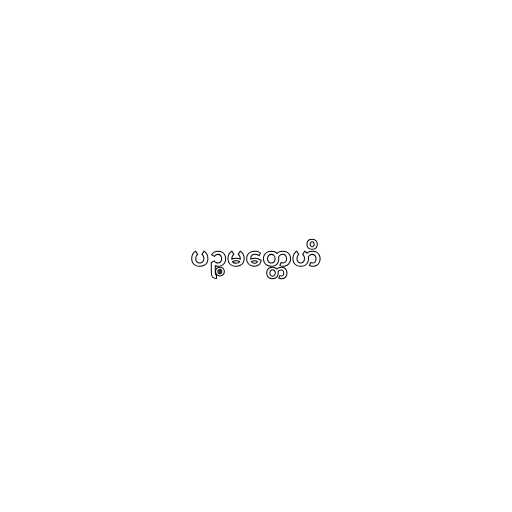
ပဉ္စမတ္တေဟိ